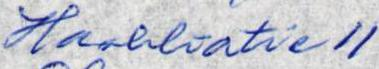
Haahkatie 11